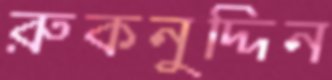
রুকনুদ্দিন